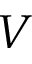
V